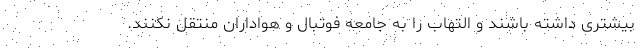
بیشتری داشته باشند و التهاب را به جامعه فوتبال و هواداران منتقل نکنند.